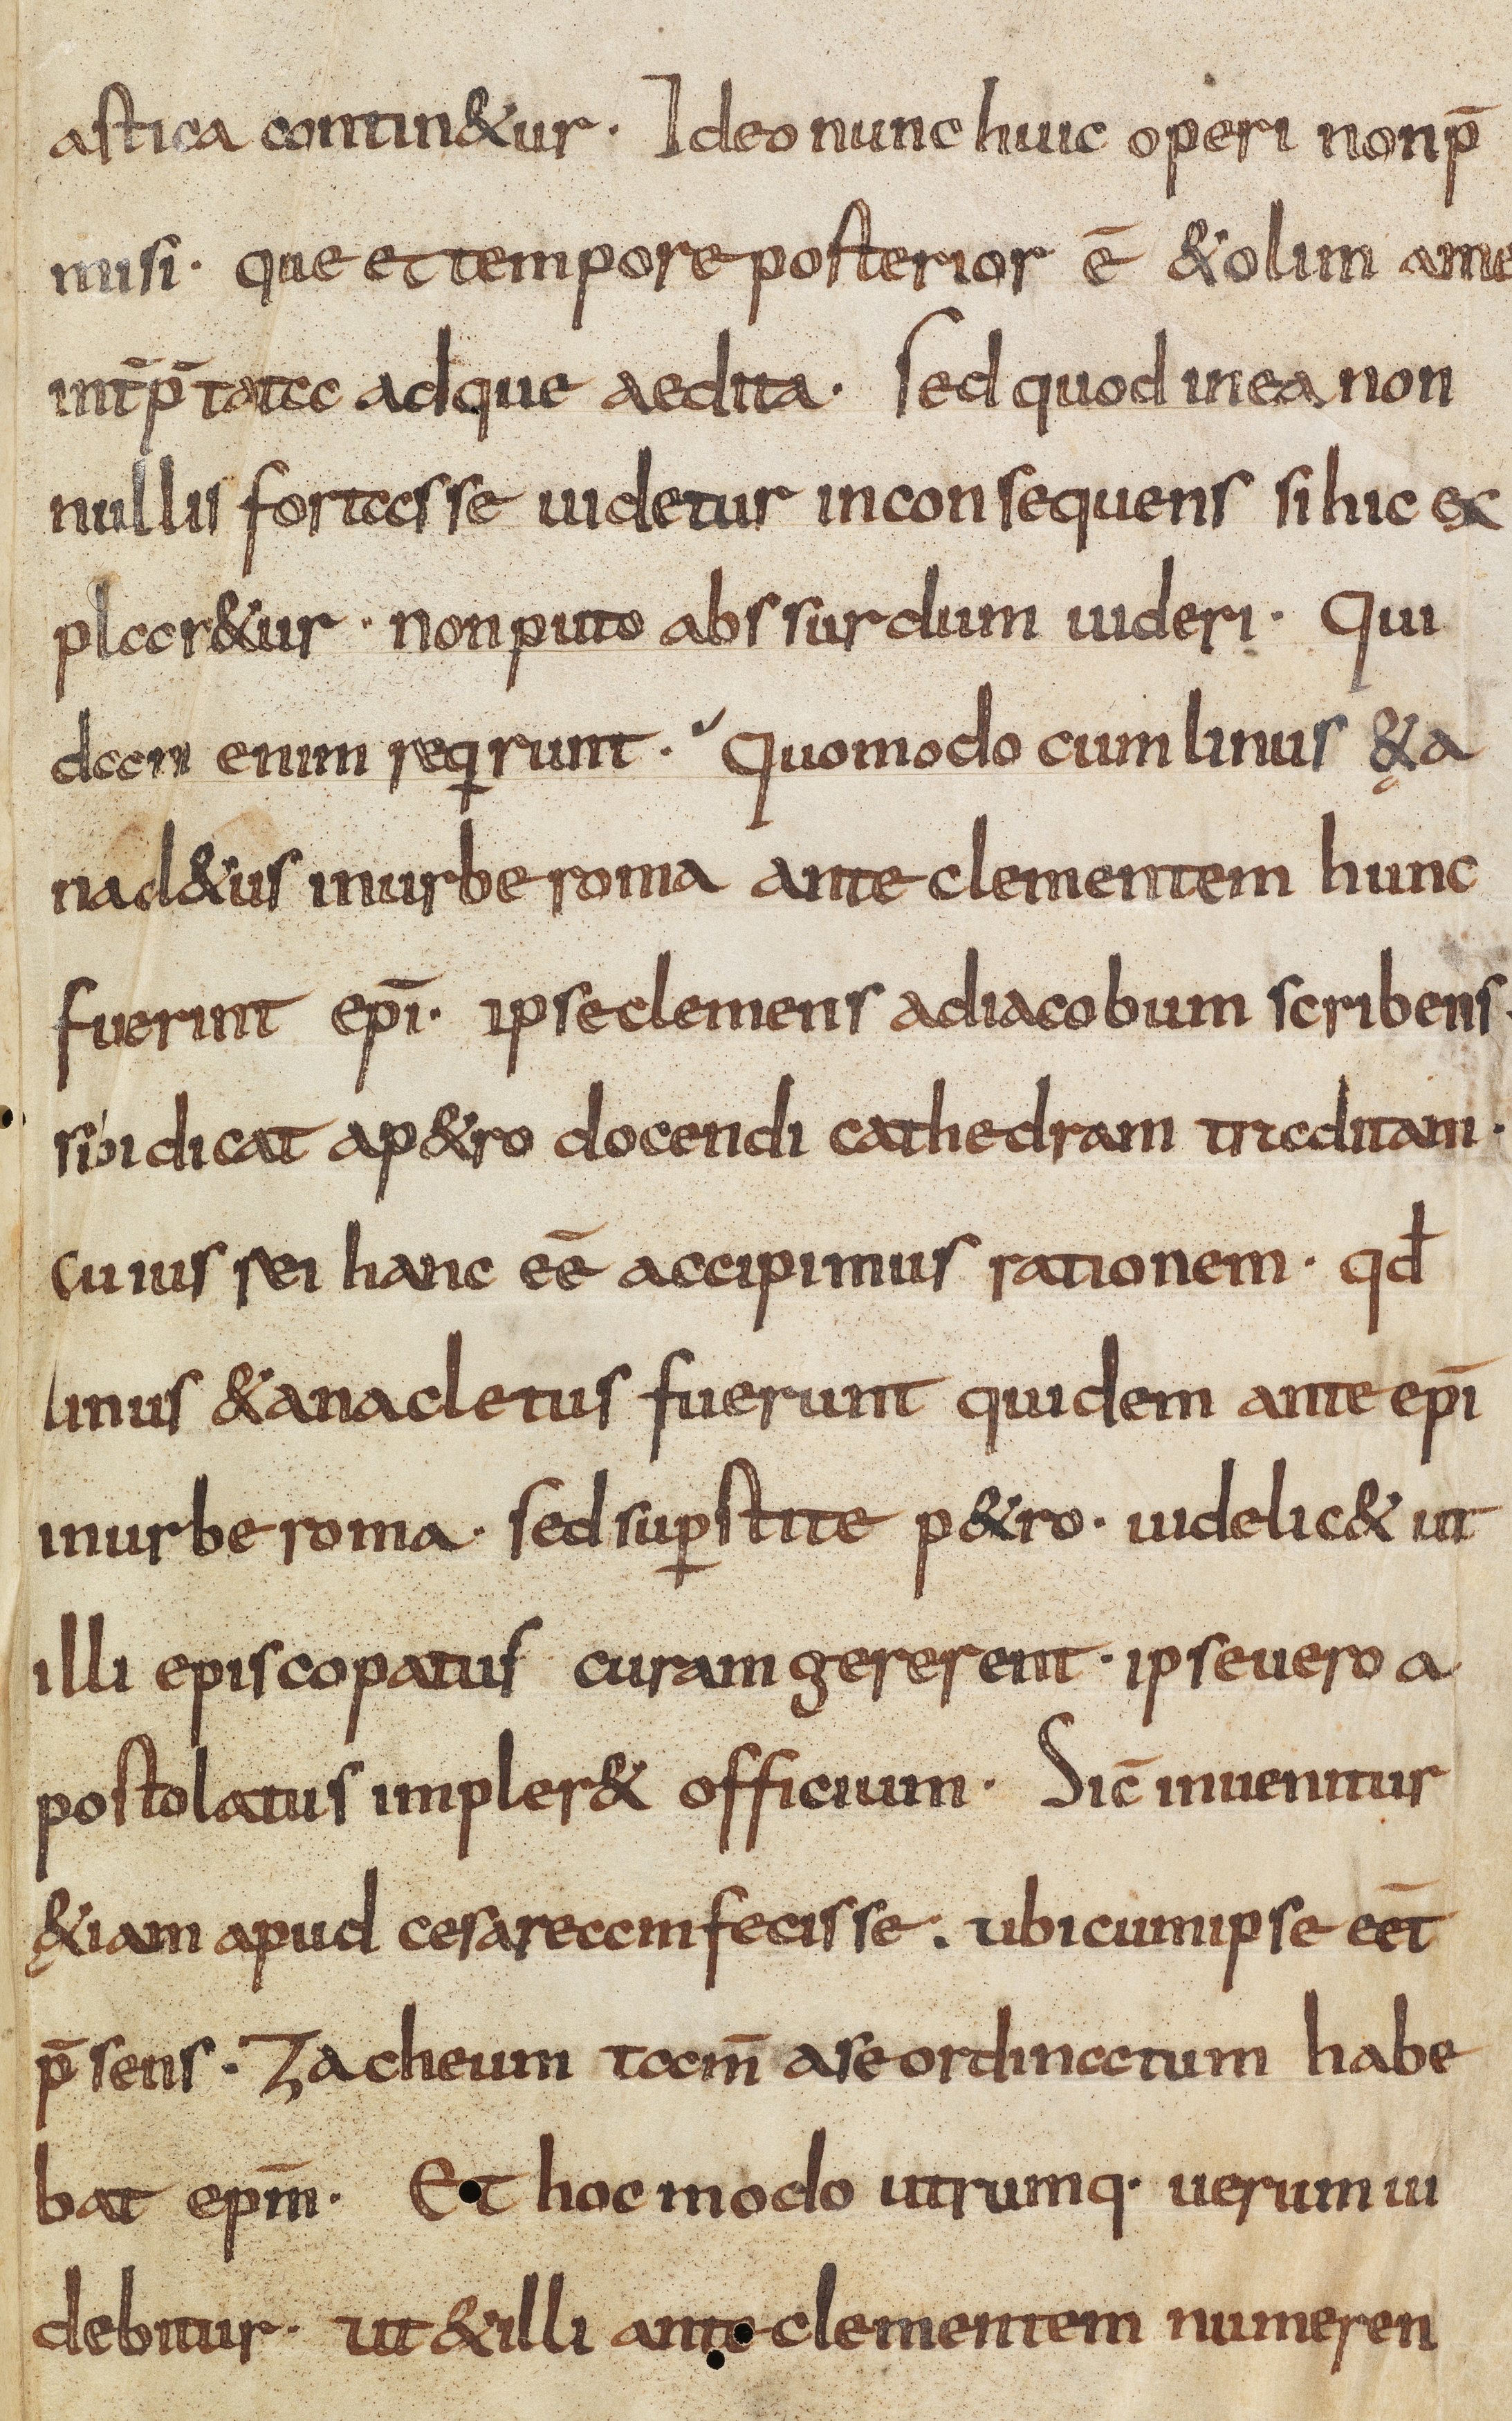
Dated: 835–865